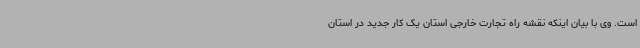
است. وی با بیان اینکه نقشه راه تجارت خارجی استان یک کار جدید در استان